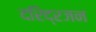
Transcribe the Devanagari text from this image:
दरिद्रजन